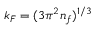
k _ { F } = ( 3 \pi ^ { 2 } n _ { f } ) ^ { 1 / 3 }